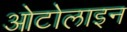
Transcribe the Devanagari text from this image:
ओटोलाइन